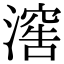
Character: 𣽸